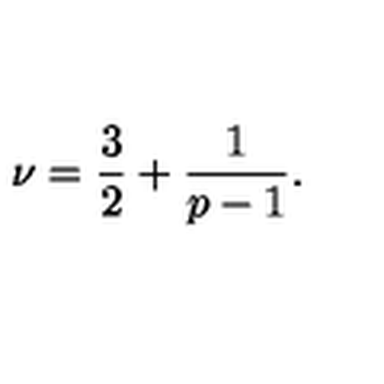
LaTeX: \nu = \frac { 3 } { 2 } + \frac { 1 } { p - 1 } .